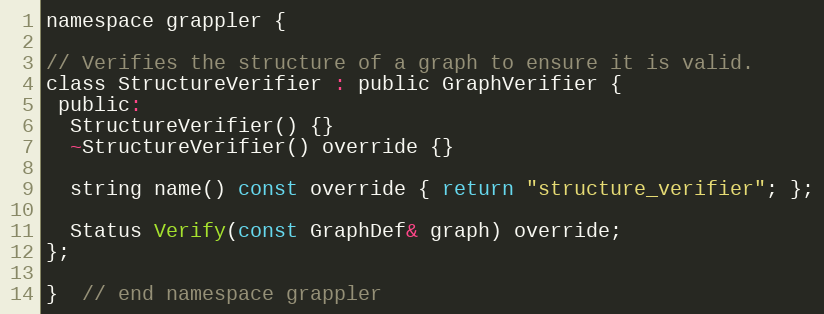
Language: C
namespace grappler {

// Verifies the structure of a graph to ensure it is valid.
class StructureVerifier : public GraphVerifier {
 public:
  StructureVerifier() {}
  ~StructureVerifier() override {}

  string name() const override { return "structure_verifier"; };

  Status Verify(const GraphDef& graph) override;
};

}  // end namespace grappler